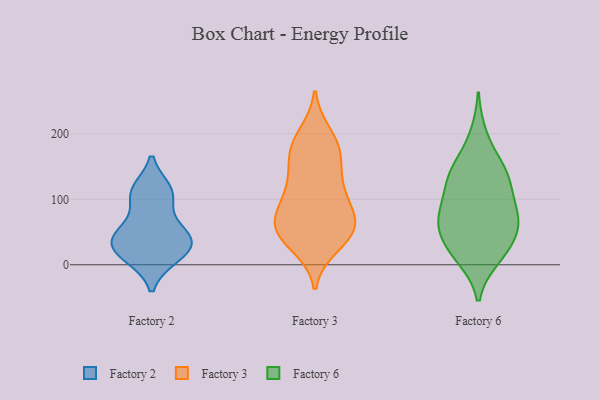
{"axis": {"x": "Bounce Rate (%)", "y": "Value"}, "legend": ["Factory 2", "Factory 3", "Factory 6"], "data": [{"x": "", "y": 12, "type": "Factory 2"}, {"x": "", "y": 40, "type": "Factory 2"}, {"x": "", "y": 40, "type": "Factory 2"}, {"x": "", "y": 24, "type": "Factory 2"}, {"x": "", "y": 109, "type": "Factory 2"}, {"x": "", "y": 53, "type": "Factory 2"}, {"x": "", "y": 14, "type": "Factory 2"}, {"x": "", "y": 113, "type": "Factory 2"}, {"x": "", "y": 106, "type": "Factory 2"}, {"x": "", "y": 44, "type": "Factory 2"}, {"x": "", "y": 64, "type": "Factory 3"}, {"x": "", "y": 126, "type": "Factory 3"}, {"x": "", "y": 78, "type": "Factory 3"}, {"x": "", "y": 51, "type": "Factory 3"}, {"x": "", "y": 175, "type": "Factory 3"}, {"x": "", "y": 166, "type": "Factory 3"}, {"x": "", "y": 121, "type": "Factory 3"}, {"x": "", "y": 51, "type": "Factory 3"}, {"x": "", "y": 61, "type": "Factory 3"}, {"x": "", "y": 46, "type": "Factory 3"}, {"x": "", "y": 90, "type": "Factory 3"}, {"x": "", "y": 124, "type": "Factory 3"}, {"x": "", "y": 188, "type": "Factory 3"}, {"x": "", "y": 84, "type": "Factory 3"}, {"x": "", "y": 198, "type": "Factory 3"}, {"x": "", "y": 30, "type": "Factory 3"}, {"x": "", "y": 171, "type": "Factory 3"}, {"x": "", "y": 42, "type": "Factory 3"}, {"x": "", "y": 104, "type": "Factory 6"}, {"x": "", "y": 154, "type": "Factory 6"}, {"x": "", "y": 69, "type": "Factory 6"}, {"x": "", "y": 131, "type": "Factory 6"}, {"x": "", "y": 199, "type": "Factory 6"}, {"x": "", "y": 57, "type": "Factory 6"}, {"x": "", "y": 87, "type": "Factory 6"}, {"x": "", "y": 56, "type": "Factory 6"}, {"x": "", "y": 12, "type": "Factory 6"}, {"x": "", "y": 61, "type": "Factory 6"}, {"x": "", "y": 10, "type": "Factory 6"}, {"x": "", "y": 20, "type": "Factory 6"}, {"x": "", "y": 92, "type": "Factory 6"}, {"x": "", "y": 32, "type": "Factory 6"}, {"x": "", "y": 150, "type": "Factory 6"}, {"x": "", "y": 138, "type": "Factory 6"}, {"x": "", "y": 127, "type": "Factory 6"}, {"x": "", "y": 62, "type": "Factory 6"}]}